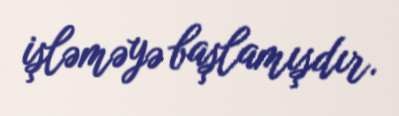
işləməyə başlamışdır.